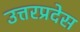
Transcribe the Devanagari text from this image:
उत्तरप्रदेस